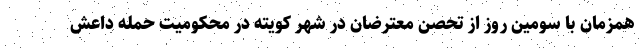
همزمان با سومین روز از تحصن معترضان در شهر کویته در محکومیت حمله داعش